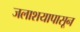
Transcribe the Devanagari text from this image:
जलाशयापासून